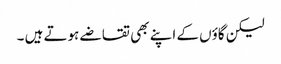
لیکن گاؤں کے اپنے بھی تقاضے ہوتے ہیں ۔